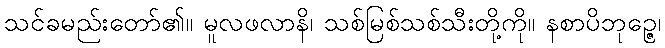
သင်ခမည်းတော်၏။ မူလဖလာနိ၊ သစ်မြစ်သစ်သီးတို့ကို။ နစာပိဘုဉ္ဇေ၊